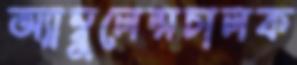
অ্যাম্বুলেন্সচালক